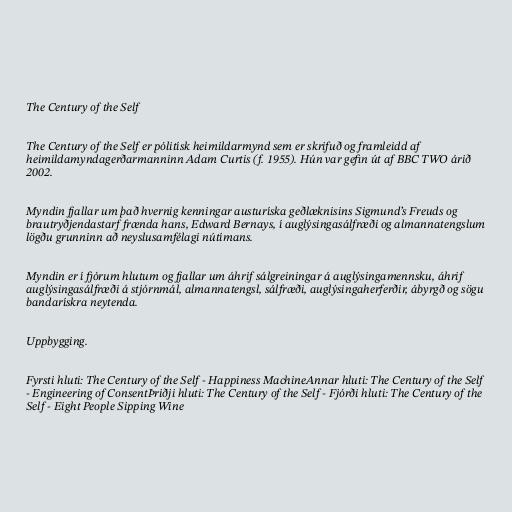
The Century of the Self

The Century of the Self er pólitísk heimildarmynd sem er skrifuð og framleidd af
heimildamyndagerðarmanninn Adam Curtis (f. 1955). Hún var gefin út af BBC TWO árið
2002.

Myndin fjallar um það hvernig kenningar austuríska geðlæknisins Sigmund’s Freuds og
brautryðjendastarf frænda hans, Edward Bernays, í auglýsingasálfræði og almannatengslum
lögðu grunninn að neyslusamfélagi nútímans.

Myndin er í fjórum hlutum og fjallar um áhrif sálgreiningar á auglýsingamennsku, áhrif
auglýsingasálfræði á stjórnmál, almannatengsl, sálfræði, auglýsingaherferðir, ábyrgð og sögu
bandarískra neytenda.

Uppbygging.

Fyrsti hluti: The Century of the Self - Happiness MachineAnnar hluti: The Century of the Self
- Engineering of ConsentÞriðji hluti: The Century of the Self - Fjórði hluti: The Century of the
Self - Eight People Sipping Wine